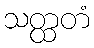
သတ္ထတံ